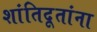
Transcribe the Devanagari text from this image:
शांतिदूतांना